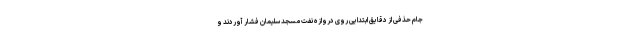
جام حذفی از دقایق ابتدایی روی دروازه نفت مسجد سلیمان فشار آوردند و